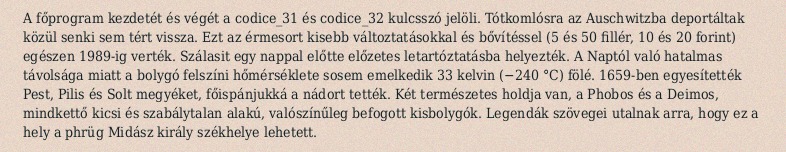
A főprogram kezdetét és végét a codice_31 és codice_32 kulcsszó jelöli. Tótkomlósra az Auschwitzba deportáltak közül senki sem tért vissza. Ezt az érmesort kisebb változtatásokkal és bővítéssel (5 és 50 fillér, 10 és 20 forint) egészen 1989-ig verték. Szálasit egy nappal előtte előzetes letartóztatásba helyezték. A Naptól való hatalmas távolsága miatt a bolygó felszíni hőmérséklete sosem emelkedik 33 kelvin (−240 °C) fölé. 1659-ben egyesítették Pest, Pilis és Solt megyéket, főispánjukká a nádort tették. Két természetes holdja van, a Phobos és a Deimos, mindkettő kicsi és szabálytalan alakú, valószínűleg befogott kisbolygók. Legendák szövegei utalnak arra, hogy ez a hely a phrüg Midász király székhelye lehetett.